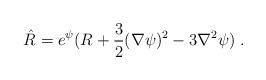
LaTeX: \begin{align*}\hat{R} = e^{\psi} (R + \frac{3}{2} (\nabla \psi)^2 - 3 \nabla^2 \psi) \; .\end{align*}